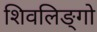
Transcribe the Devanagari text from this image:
शिवलिङ्गो